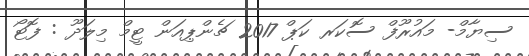
ސިޔާމް- މައުރޫފް ސޮކަރ ކަޕް 2017 ޗެންޕިއަން ޓީމް މިލަދޫ : ފޮޓޯ